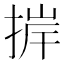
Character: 𢮹